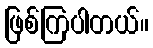
ဖြစ်ကြပါတယ်။